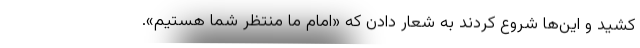
کشید و این‌ها شروع کردند به شعار دادن که «امام ما منتظر شما هستیم».